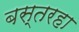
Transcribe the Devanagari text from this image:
बस्तरहा